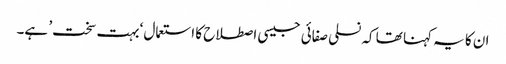
ان کا یہ کہنا تھا کہ نسلی صفائی جیسی اصطلاح کا استعمال ‘بہت سخت’ ہے۔